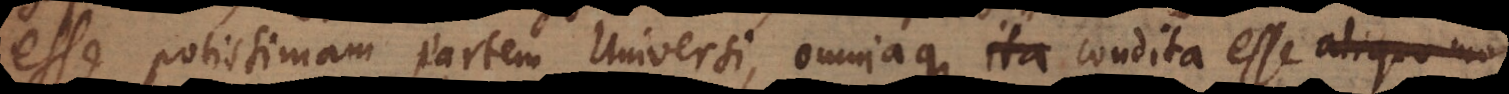
esse potissimam partem Universi, omniaque ita condita esse ut